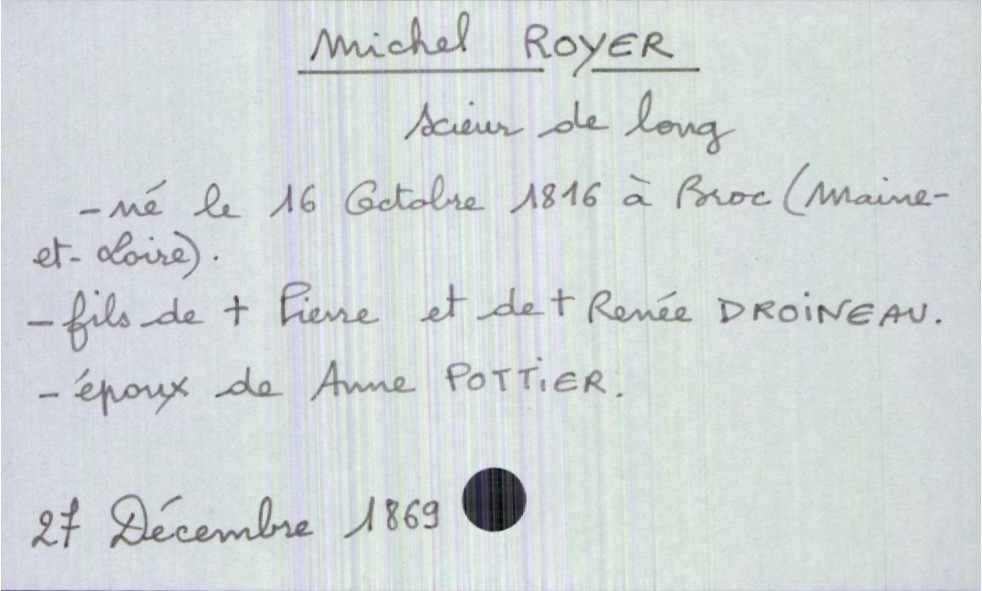
type_acte: Décès
année: 1869
mois: décembre
jour: 27
défunt_nom: Royer
défunt_prénom: Michel
défunt_sexe: H
défunt_profession: scieur de long
défunt_date_de_naissance: 16 octobre 1816
défunt_lieu_de_naissance: Broc (Maine-et-Loire)
défunt_statut: marié(e)
père_défunt_nom: Royer
père_défunt_prénom: Pierre
père_défunt_statut: décédé
mère_défunt_nom: Droineau
mère_défunt_prénom: Renée
mère_défunt_statut: décédée